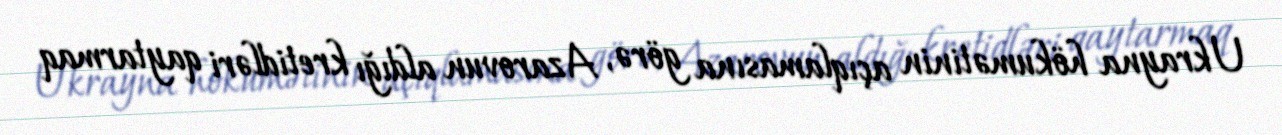
Ukrayna hökumətinin açıqlamasına görə, Azarovun aldığı kretidləri qaytarmaq